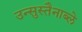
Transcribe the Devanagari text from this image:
उन्सुस्तैनाब्ले